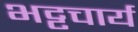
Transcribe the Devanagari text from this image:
भट्टचार्य